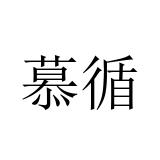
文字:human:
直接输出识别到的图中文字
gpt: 慕循